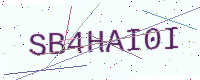
Text: SB4HAI0I